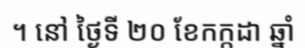
។ នៅ ថ្ងៃទី ២០ ខែកក្កដា ឆ្នាំ